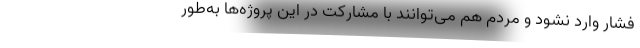
فشار وارد نشود و مردم هم می‌توانند با مشارکت در این پروژه‌ها به‌طور